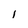
Character: i